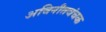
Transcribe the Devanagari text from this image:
अविनीतवंचक